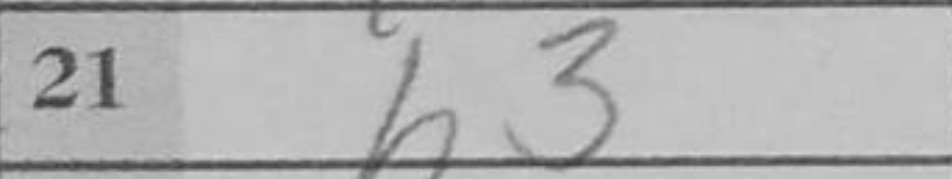
Transcription: h3